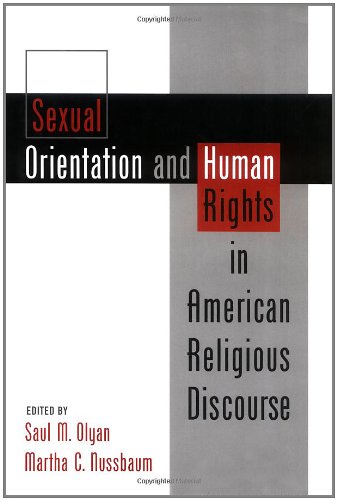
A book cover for Sexual Orientation and Human Rights in American Religious Discourse; Gay & Lesbian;